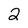
Character: 2